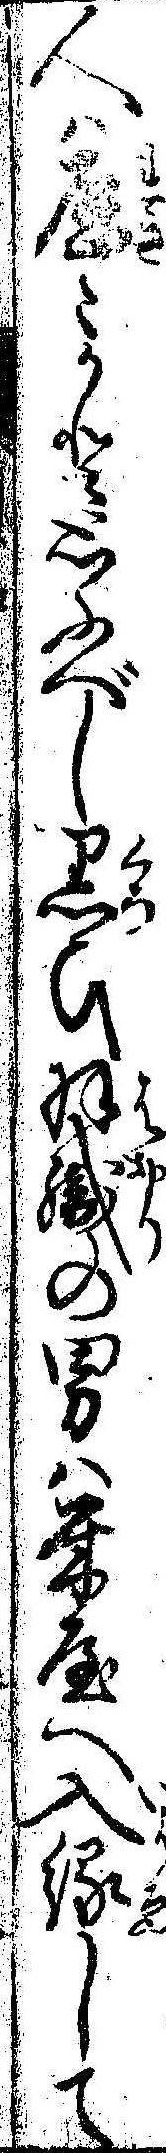
人は歴かと思ふべし黒ひ羽織の男は米屋へ入縁して